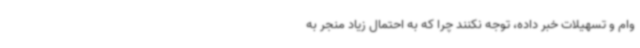
وام و تسهیلات خبر داده، توجه نکنند چرا که به احتمال زیاد منجر به